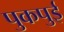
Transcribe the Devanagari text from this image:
पुकपुई